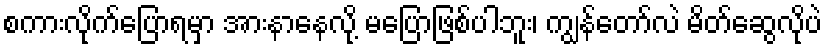
စကားလိုက်ပြောရမှာ အားနာနေလို့ မပြောဖြစ်ပါဘူး၊ ကျွန်တော်လဲ မိတ်ဆွေလိုပဲ